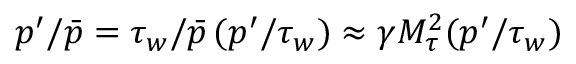
p ^ { \prime } / \bar { p } = \tau _ { w } / \bar { p } \, ( p ^ { \prime } / \tau _ { w } ) \approx \gamma M _ { \tau } ^ { 2 } ( p ^ { \prime } / \tau _ { w } )